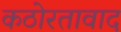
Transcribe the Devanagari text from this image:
कठोरतावाद